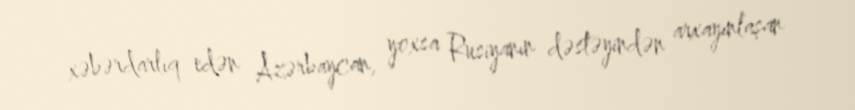
xəbərdarlıq edən Azərbaycan, yoxsa Rusiyanın dəstəyindən arxayınlaşan